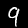
Label: 9